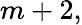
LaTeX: m+2,